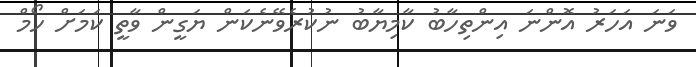
ވަނަ އަހަރު އޮންނަ އިންތިހާބު ކާމިޔާބު ނުކުރެވޭނެކަން ޔަގީން ވާތީ ކަމަށް ހޯމް